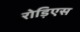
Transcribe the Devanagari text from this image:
रोड़िएस